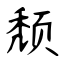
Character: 颓